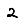
Digit: 2